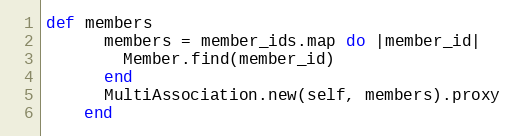
Language: Ruby
def members
      members = member_ids.map do |member_id|
        Member.find(member_id)
      end
      MultiAssociation.new(self, members).proxy
    end